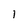
Character: l